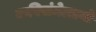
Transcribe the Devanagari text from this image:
कविसंमेल्लनों